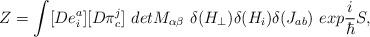
LaTeX: \begin{align*}Z=\int [De_{i}^{a}][D\pi _{c}^{j}]\ detM_{\alpha \beta }\ \delta (H_{\perp})\delta (H_{i})\delta (J_{ab})\ exp\frac{i}{\hbar }S,\end{align*}